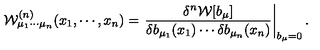
{ \mathcal W } _ { \mu _ { 1 } \cdots \mu _ { n } } ^ { ( n ) } ( x _ { 1 } , \cdots , x _ { n } ) = \left. \frac { \delta ^ { n } { \mathcal W } [ b _ { \mu } ] } { \delta b _ { \mu _ { 1 } } ( x _ { 1 } ) \cdots \delta b _ { \mu _ { n } } ( x _ { n } ) } \right| _ { b _ { \mu } = 0 } .